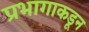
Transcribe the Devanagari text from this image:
प्रभागाकडून